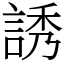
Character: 誘